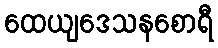
ထေယျဒေသနစောရီ